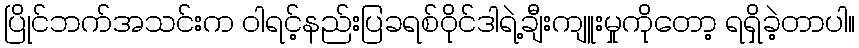
ပြိုင်ဘက်အသင်းက ဝါရင့်နည်းပြခရစ်ဝိုင်ဒါရဲ့ချီးကျူးမှုကိုတော့ ရရှိခဲ့တာပါ။